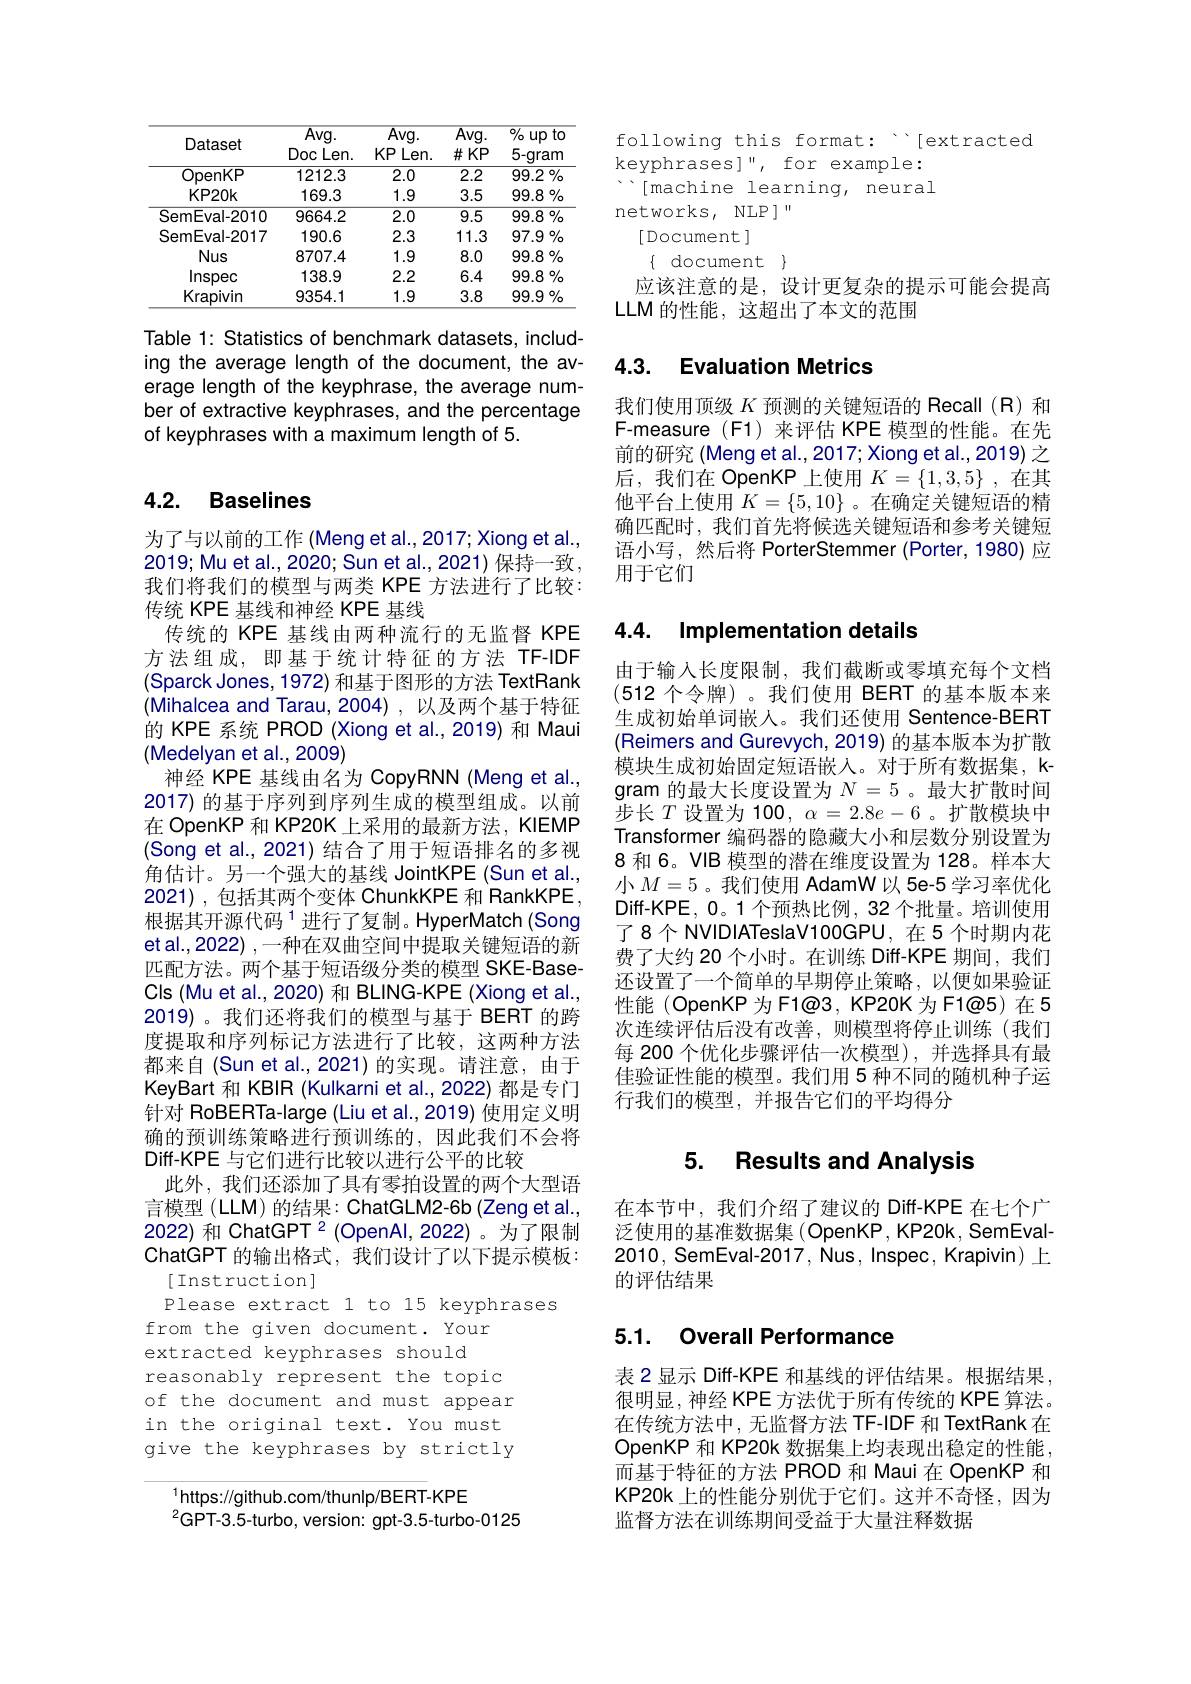
<table>
	<tbody>
		<tr>
			<th>Dataset</th>
			<th>$\overline{\mathrm{Avg.}}$ Doc :Len.</th>
			<th>$\overline{\mathrm{Avg.}}$ KP Len.</th>
			<th>$\overline{Avg}.$ $\#KP$</th>
			<th>$\overline{\text{\% up to}}$ 5-gram</th>
		</tr>
		<tr>
			<td>OpenKP</td>
			<td>1212.3</td>
			<td>2.0</td>
			<td>$\overline{2.2}$</td>
			<td>$\overline{99.2\%}$</td>
		</tr>
		<tr>
			<td>KP20k</td>
			<td>169.3</td>
			<td>1.9</td>
			<td>3.5</td>
			<td>$99.8\%$</td>
		</tr>
		<tr>
			<td>SemEval-2010</td>
			<td>9664.2</td>
			<td>2.0</td>
			<td>$\overline{9.5}$</td>
			<td>$99.8\%$</td>
		</tr>
		<tr>
			<td>SemEval-2017</td>
			<td>190.6</td>
			<td>2.3</td>
			<td>11.3</td>
			<td>$97.9\%$</td>
		</tr>
		<tr>
			<td>Nus</td>
			<td>8707.4</td>
			<td>1.9</td>
			<td>8.0</td>
			<td>$99.8\%$</td>
		</tr>
		<tr>
			<td>Inspec</td>
			<td>138.9</td>
			<td>2.2</td>
			<td>6.4</td>
			<td>$99.8\%$</td>
		</tr>
		<tr>
			<td>Krapivin</td>
			<td>9354.1</td>
			<td>1.9</td>
			<td>3.8</td>
			<td>$99.9\%$</td>
		</tr>
	</tbody>
</table>

Table 1: Statistics of benchmark datasets, including the average length of the document, the average length of the keyphrase, the average number of extractive keyphrases, and the percentage of keyphrases with a maximum length of 5.

## 4.2. Baselines

为了与以前的工作 (Meng et al., 2017; Xiong et al., 2019; Mu et al., 2020; Sun et al., 2021) 保持一致， 我们将我们的模型与两类 KPE 方法进行了比较： 传统 KPE 基线和神经 KPE 基线
传统的 KPE 基线由两种流行的无监督 KPE 方法组成，即基于统计特征的方法 TF-IDF (Sparck Jones, 1972) 和基于图形的方法 TextRank (Mihalcea and Tarau,2004),以及两个基于特征的 KPE 系统 PROD (Xiong et al.,2019) 和 Maui (Medelyan et al.,2009)
神经 KPE 基线由名为 CopyRNN (Meng et al., 2017) 的基于序列到序列生成的模型组成。以前在 OpenKP 和 KP20K 上采用的最新方法，KIEMP (Song et al., 2021) 结合了用于短语排名的多视角估计。另一个强大的基线 JointKPE (Sun et al. 2021) ,包括其两个变体 ChunkKPE 和 RankKPE 根据其开源代码$^{1}$进行了复制。HyperMatch(Song et al., 2022) , 一种在双曲空间中提取关键短语的新匹配方法。两个基于短语级分类的模型 SKE-BaseCls (Mu et al., 2020) 和 BLING-KPE (Xiong et al., 2019)。我们还将我们的模型与基于 BERT 的跨度提取和序列标记方法进行了比较，这两种方法都来自(Sun et al., 2021)的实现。请注意，由于KeyBart 和 KBIR (Kulkarni et al., 2022) 都是专门针对 RoBERTa-large (Liu et al.,2019) 使用定义明确的预训练策略进行预训练的，因此我们不会将Diff-KPE 与它们进行比较以进行公平的比较
此外，我们还添加了具有零拍设置的两个大型语言模型 (LLM) 的结果：ChatGLM2-6b (Zeng et al., 2022) 和 ChatGPT $^{2}($OpenAl,2022)。为了限制ChatGPT 的输出格式，我们设计了以下提示模板：
[Instruction]
Please extract 1 to 15 keyphrases
from the given document. Your
extracted keyphrases should
reasonably represent the topic of the document and must appean in the original text. You must give the keyphrases by strictly

$^{1}$https://github.com/thunlp/BERT-KPE
${}^{2}$GPT-3.5-turbo, version: gpt-3.5-turbo-0125

following this format: ```[extracted
keyphrases]", for example: $\cdots[$machine learning, neural networks, NLP ]"
[Document]
$\{$ document$\}$
应该注意的是，设计更复杂的提示可能会提高
LLM 的性能，这超出了本文的范围

## 4.3. Evaluation Metrics

我们使用顶级$K$预测的关键短语的 Recall(R)和F-measure (F1)来评估 KPE 模型的性能。在先前的研究 (Meng et al., 2017; Xiong et al., 2019) 之后，我们在 OpenKP 上使用$K=\{1,3,5\}$ ,在其他平台上使用$K=\{5,10\}$ 。在确定关键短语的精确匹配时，我们首先将候选关键短语和参考关键短语小写，然后将 PorterStemmer (Porter,1980) 应用于它们

# 4.4. Implementation details

由于输入长度限制，我们截断或零填充每个文档(512个令牌)。我们使用 BERT 的基本版本来生成初始单词嵌人。我们还使用 Sentence-BERT (Reimers and Gurevych, 2019) 的基本版本为扩散模块生成初始固定短语嵌入。对于所有数据集，kgram 的最大长度设置为$N=5$ 。最大扩散时间步长$T$设置为 100$,\alpha=2.8e-6$。扩散模块中Transformer 编码器的隐藏大小和层数分别设置为8 和 6。VIB 模型的潜在维度设置为 128。样本大小$M=5$ 。我们使用 AdamW 以 5e-5 学习率优化Diff-KPE, 0。1 个预热比例 , 32 个批量。培训使用了8个 NVIDIATeslaV100GPU, 在 5 个时期内花费了大约 20 个小时。在训练 Diff-KPE 期间，我们还设置了一个简单的早期停止策略，以便如果验证性能(OpenKP为F1@3,KP20K为F1@5)在5次连续评估后没有改善，则模型将停止训练(我们每 200 个优化步骤评估一次模型),并选择具有最佳验证性能的模型。我们用 5 种不同的随机种子运行我们的模型，并报告它们的平均得分

### 5. Results and Analysis

在本节中，我们介绍了建议的 Diff-KPE 在七个广泛使用的基准数据集 (OpenKP, KP20k, SemEval- 2010, SemEval-2017, Nus, Inspec, Krapivin) 上的评估结果

### 5.1. Overall Performance

表 2 显示 Diff-KPE 和基线的评估结果。根据结果， 很明显，神经 KPE 方法优于所有传统的 KPE 算法。在传统方法中，无监督方法 TF-IDF 和 TextRank 在OpenKP 和 KP20k 数据集上均表现出稳定的性能， 而基于特征的方法 PROD 和 Maui 在 OpenKP 和KP20k 上的性能分别优于它们。这并不奇怪，因为监督方法在训练期间受益于大量注释数据